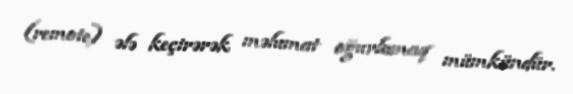
(remote) ələ keçirərək məlumat oğurlamaq mümkündür.